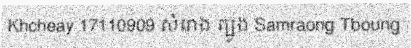
Khcheay 17110909 សំរោង ត្បូង Samraong Tboung